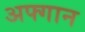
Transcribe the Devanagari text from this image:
अफ्गान